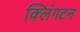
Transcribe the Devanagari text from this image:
क्लिंगटन